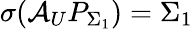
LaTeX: \sigma(\mathcal{A}_{U}P_{\Sigma_{1}})=\Sigma_{1}